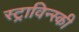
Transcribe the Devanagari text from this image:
स्ट्राविन्स्की